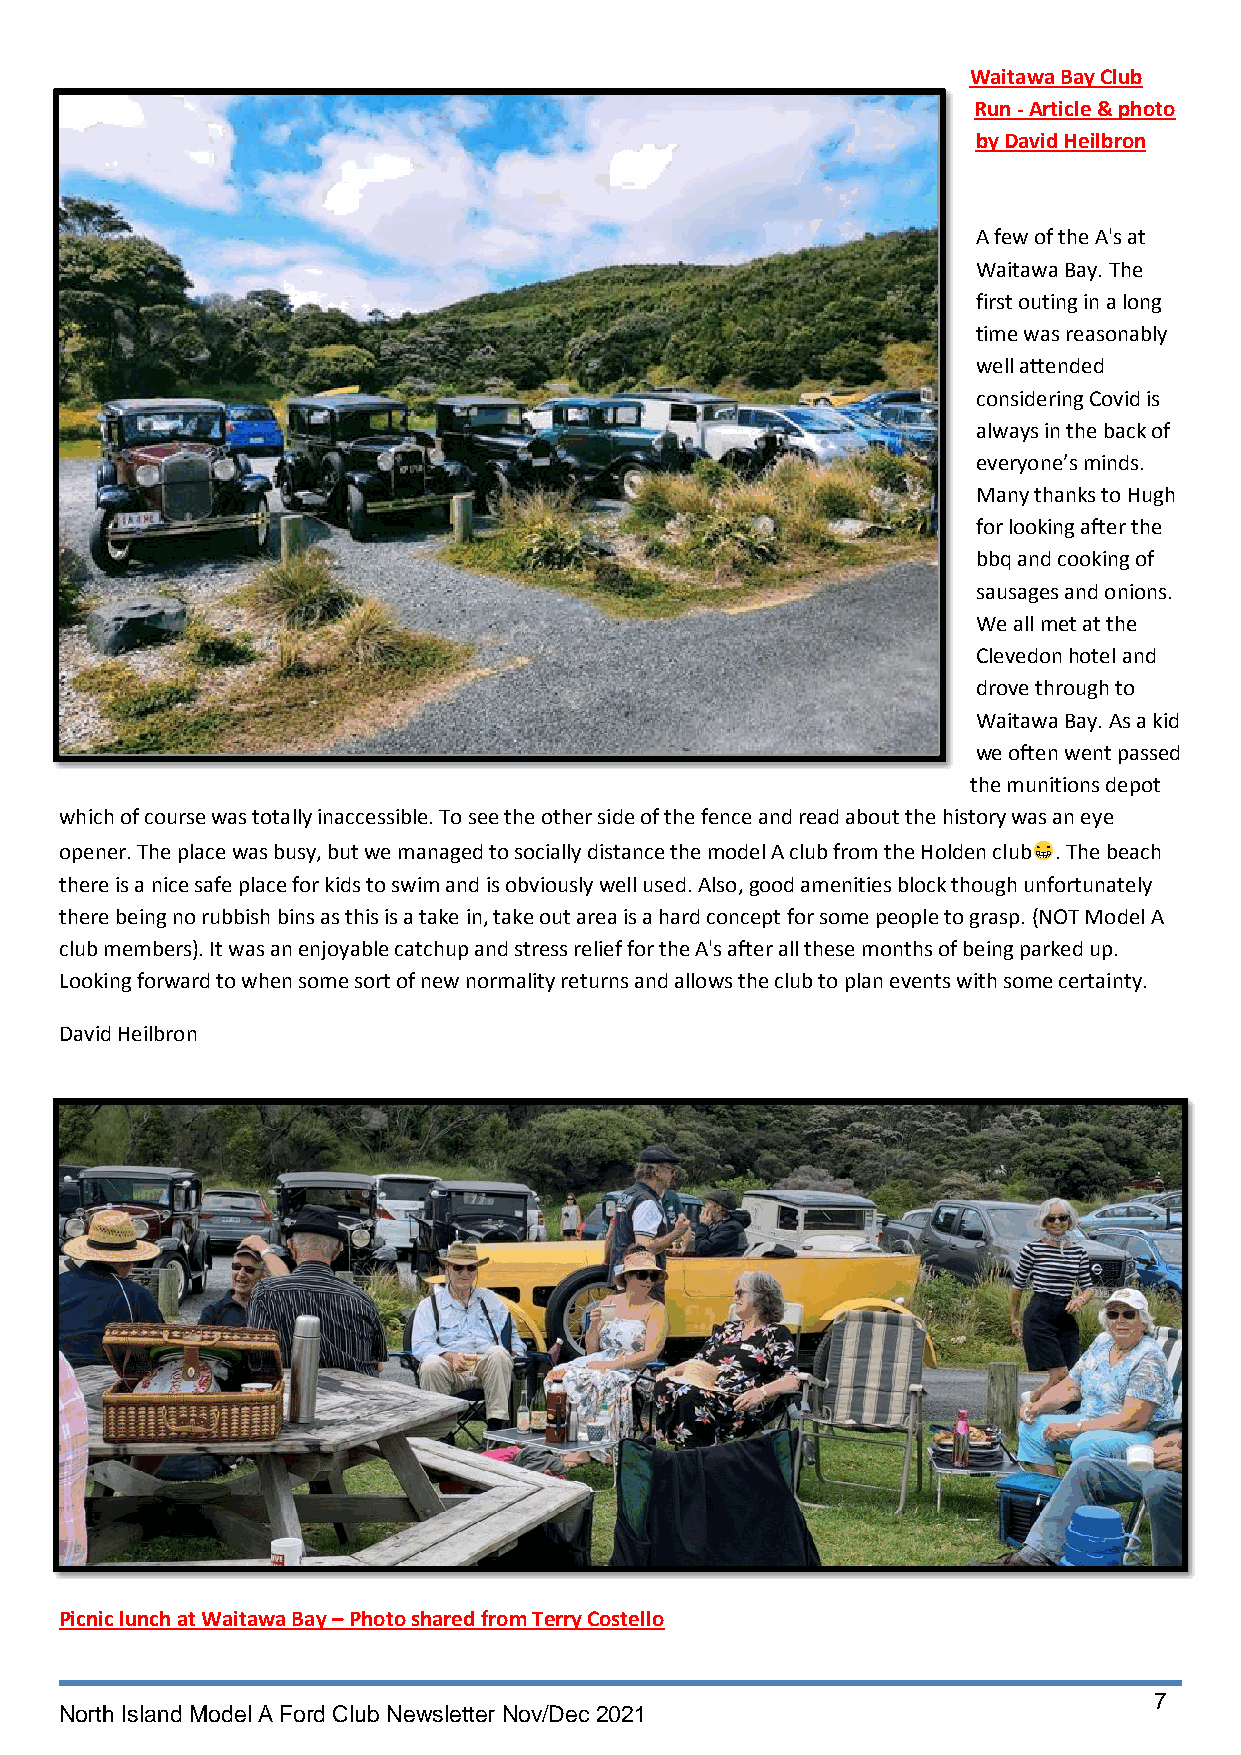
Waitawa Bay Club
 Run - Article & photo
 by David Heilbron
 A few of the A's at
 Waitawa Bay. The
 first outing in a long
 time was reasonably
 well attended
 considering Covid is
 always in the back of
 everyone’s minds.
 Many thanks to Hugh
 for looking after the
 bbq and cooking of
 sausages and onions.
 We all met at the
 Clevedon hotel and
 drove through to
 Waitawa Bay. As a kid
 we often went passed
 the munitions depot
 which of course was totally inaccessible. To see the other side of the fence and read about the history was an eye
 opener. The place was busy, but we managed to socially distance the model A club from the Holden club . The beach
 there is a nice safe place for kids to swim and is obviously well used. Also, good amenities block though unfortunately
 there being no rubbish bins as this is a take in, take out area is a hard concept for some people to grasp. (NOT Model A
 club members). It was an enjoyable catchup and stress relief for the A's after all these months of being parked up.
 Looking forward to when some sort of new normality returns and allows the club to plan events with some certainty.
 David Heilbron
 Picnic lunch at Waitawa Bay – Photo shared from Terry Costello
 7
 North Island Model A Ford Club Newsletter Nov/Dec 2021